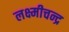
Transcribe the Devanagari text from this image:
लक्ष्मीचन्द्र